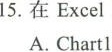
15.在Excel2010中，创建的图表若要放置在一张新的工作表中，该新工作表的默认名字是 ()A.Chartl B.Book1 C.Sheetl D.Docl